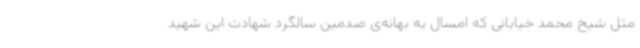
مثل شیخ محمد خیابانی که امسال به بهانه‌ی صدمین سالگرد شهادت این شهید